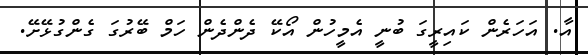
އާ. އަހަރެން ކައިރީގަ ބުނީ އެމީހުން އޯކޭ ދެންދެން ހަމް ބޭރުގަ ގެންގުޅޭށޭ.